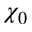
\chi _ { 0 }